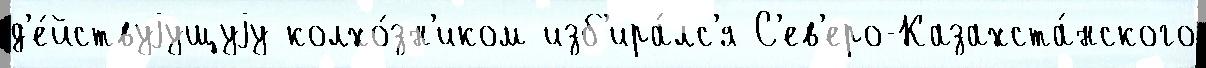
д'е́йствуjущуjу колхо́зн'иком изб'ира́лс'я С'ев'еро-Казахста́нского